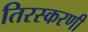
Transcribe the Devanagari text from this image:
तिरस्करणी